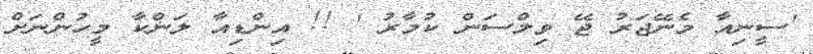
'ސީނިއާ މެނޭޖަރު ޖޭ ވިލްސަން ކުމާރު ' !! އިންޑިއާ ލަންކާ މީހުންނަށް